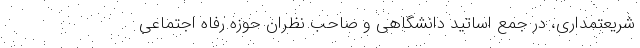
شریعتمداری، در جمع اساتید دانشگاهی و صاحب نظران حوزه رفاه اجتماعی